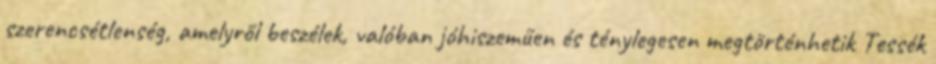
szerencsétlenség, amelyről beszélek, valóban jóhiszeműen és ténylegesen megtörténhetik Tessék